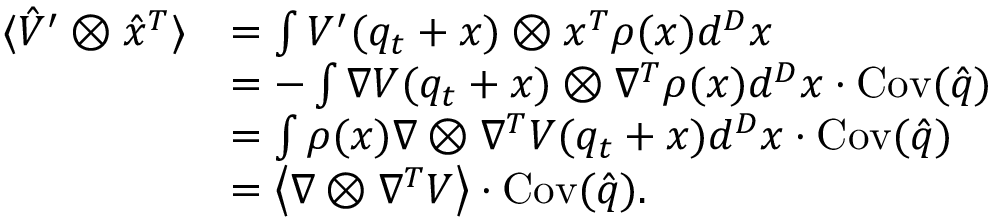
\begin{array} { r l } { \langle \hat { V } ^ { \prime } \otimes \hat { x } ^ { T } \rangle } & { = \int V ^ { \prime } ( q _ { t } + x ) \otimes x ^ { T } \rho ( x ) d ^ { D } x } \\ & { = - \int \nabla V ( q _ { t } + x ) \otimes \nabla ^ { T } \rho ( x ) d ^ { D } x \cdot \operatorname { C o v } ( \hat { q } ) } \\ & { = \int \rho ( x ) \nabla \otimes \nabla ^ { T } V ( q _ { t } + x ) d ^ { D } x \cdot \operatorname { C o v } ( \hat { q } ) } \\ & { = \left\langle \nabla \otimes \nabla ^ { T } V \right\rangle \cdot \operatorname { C o v } ( \hat { q } ) . } \end{array}